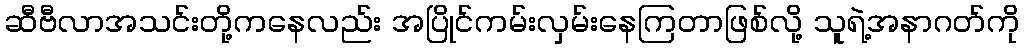
ဆီဗီလာအသင်းတို့ကနေလည်း အပြိုင်ကမ်းလှမ်းနေကြတာဖြစ်လို့ သူရဲ့အနာဂတ်ကို